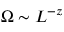
\Omega \sim L ^ { - z }